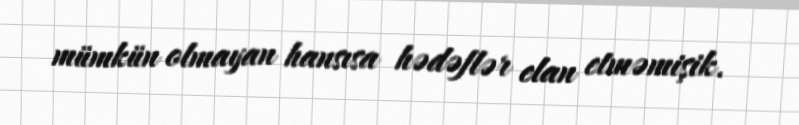
mümkün olmayan hansısa hədəflər elan etməmişik.